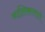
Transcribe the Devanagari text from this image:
नालिकावाले